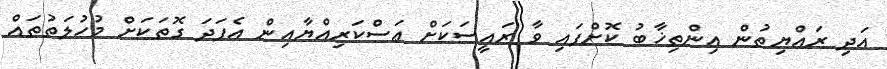
އަދި ރައްޔިތުން އިންތިޚާބު ކޮށްފައި ވާ ރައީސަކަށް ޢަސްކަރިއްޔާއިން އެފަދަ ގޮތަކަށް މުހުލަތުތައް